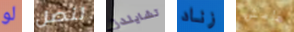
لو لنصل تشايلدز زناد هامش